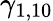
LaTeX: \gamma_{1,10}